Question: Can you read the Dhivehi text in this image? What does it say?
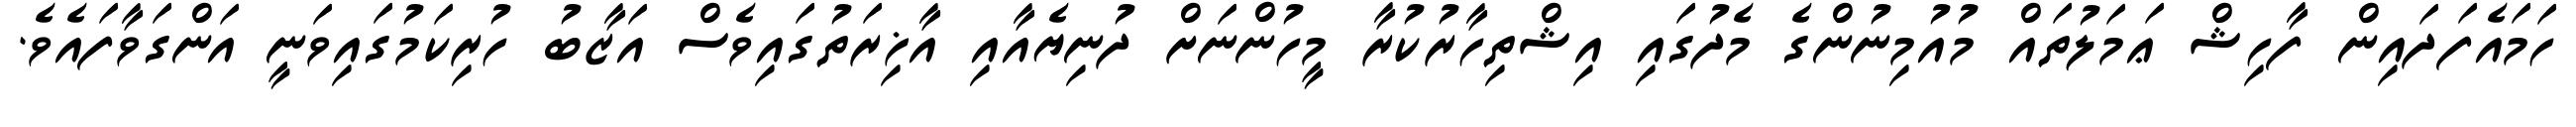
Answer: ހަމައެފަދައިން ފާހިޝް ޢަމަލުތައް މުއުމިނުންގެ މެދުގައި އިޝްތިހާރުކުރާ މީހުންނަށް ދުނިޔެއާއި އާޚިރަތުގައިވެސް އަޒާބު ހުރިކަމުގައިވަނީ އަންގަވާފައެވެ.